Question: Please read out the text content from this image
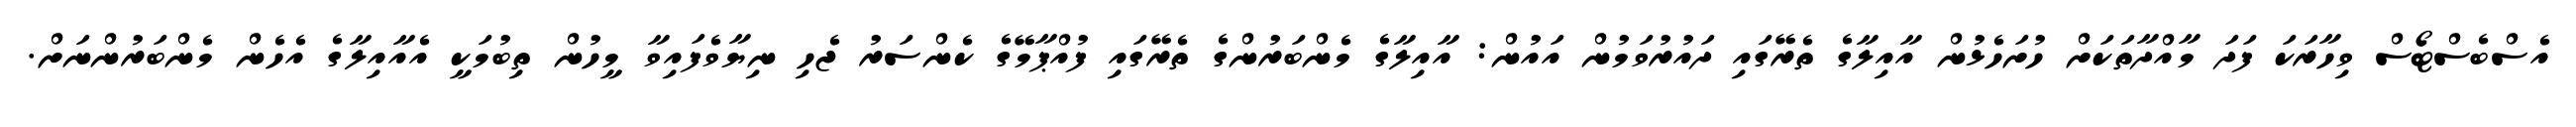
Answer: އެސްބެސްޓޯސް ވިހާރަކަ ފަދަ މާއްދާތަކަށް ހުށަހެޅުން އާއިލާގެ ތެރޭގައި ދައުރުވަމުން އައުން: އާއިލާގެ މެންބަރުންގެ ތެރޭގައި ފުއްޕާމޭގެ ކެންސަރު ޖެހި ނިޔާވެފައިވާ މީހުން ތިބުމަކީ އެއާއިލާގެ އެހެން މެންބަރުންނަށް.